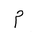
Letter: _mim